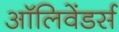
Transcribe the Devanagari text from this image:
ऑलिवेंडर्स